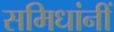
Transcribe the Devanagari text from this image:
समिधांनीं